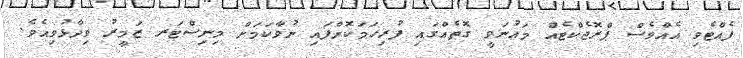
ފެއްޓެވި އެއްވެސް ޕްރޮޖެކްޓެއް މައުނަވީ ގޮތެއްގައި ފުރިހަމަކޮށްފައި ނުވާކަމަށް މިނިސްޓަރ ޒަމީރު ވިދާޅުވިއެވެ.